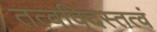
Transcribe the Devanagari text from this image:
तत्वविदस्तत्वं